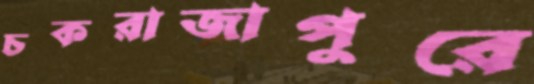
চকরাজাপুরে